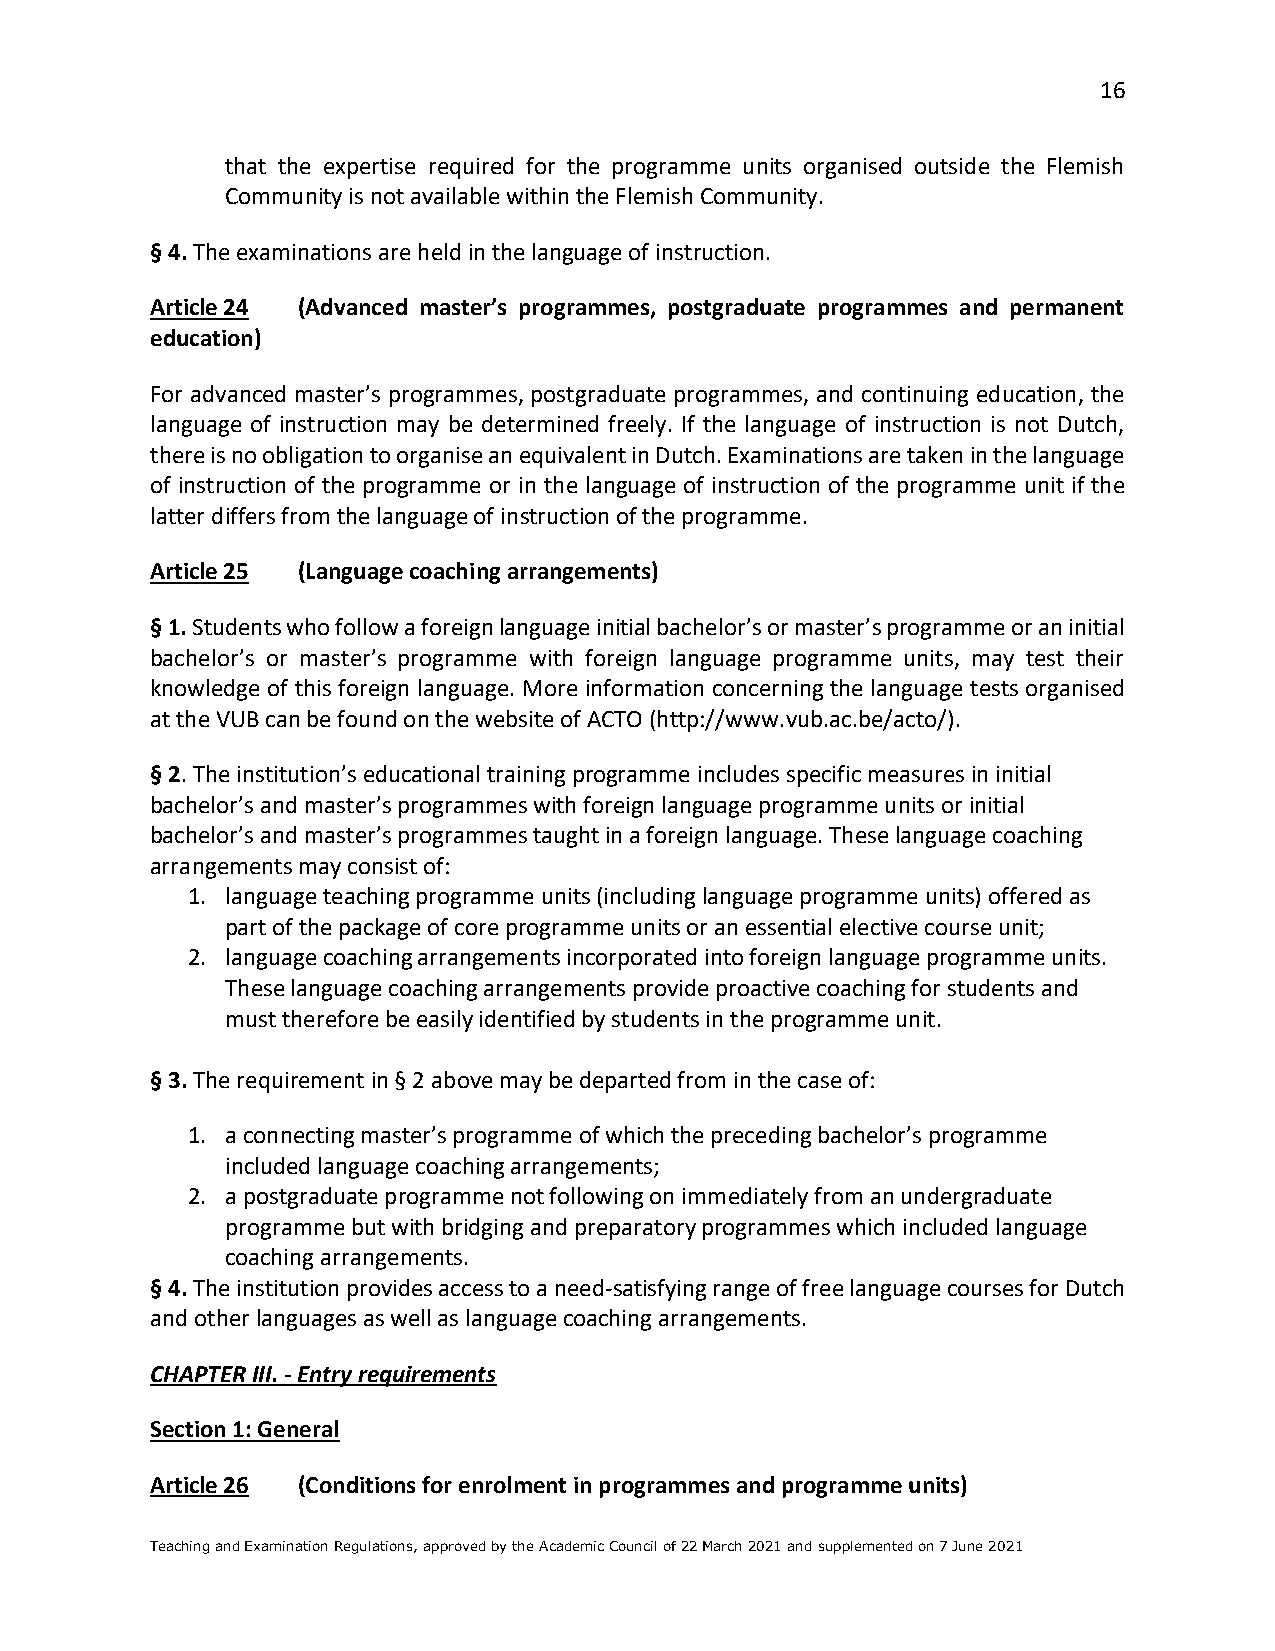
16
 that the expertise required for the programme units organised outside the Flemish
 Community is not available within the Flemish Community.
 § 4. The examinations are held in the language of instruction.
 Article 24 (Advanced master’s programmes, postgraduate programmes and permanent
 education)
 For advanced master’s programmes, postgraduate programmes, and continuing education, the
 language of instruction may be determined freely. If the language of instruction is not Dutch,
 there is no obligation to organise an equivalent in Dutch. Examinations are taken in the language
 of instruction of the programme or in the language of instruction of the programme unit if the
 latter differs from the language of instruction of the programme.
 Article 25 (Language coaching arrangements)
 § 1. Students who follow a foreign language initial bachelor’s or master’s programme or an initial
 bachelor’s or master’s programme with foreign language programme units, may test their
 knowledge of this foreign language. More information concerning the language tests organised
 at the VUB can be found on the website of ACTO (http://www.vub.ac.be/acto/).
 § 2. The institution’s educational training programme includes specific measures in initial
 bachelor’s and master’s programmes with foreign language programme units or initial
 bachelor’s and master’s programmes taught in a foreign language. These language coaching
 arrangements may consist of:
 1. language teaching programme units (including language programme units) offered as
 part of the package of core programme units or an essential elective course unit;
 2. language coaching arrangements incorporated into foreign language programme units.
 These language coaching arrangements provide proactive coaching for students and
 must therefore be easily identified by students in the programme unit.
 § 3. The requirement in § 2 above may be departed from in the case of:
 1. a connecting master’s programme of which the preceding bachelor’s programme
 included language coaching arrangements;
 2. a postgraduate programme not following on immediately from an undergraduate
 programme but with bridging and preparatory programmes which included language
 coaching arrangements.
 § 4. The institution provides access to a need-satisfying range of free language courses for Dutch
 and other languages as well as language coaching arrangements.
 CHAPTER III. - Entry requirements
 Section 1: General
 Article 26 (Conditions for enrolment in programmes and programme units)
 Teaching and Examination Regulations, approved by the Academic Council of 22 March 2021 and supplemented on 7 June 2021